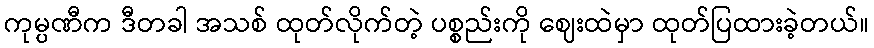
ကုမ္ပဏီက ဒီတခါ အသစ် ထုတ်လိုက်တဲ့ ပစ္စည်းကို ဈေးထဲမှာ ထုတ်ပြထားခဲ့တယ်။